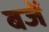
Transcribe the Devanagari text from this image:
बजें